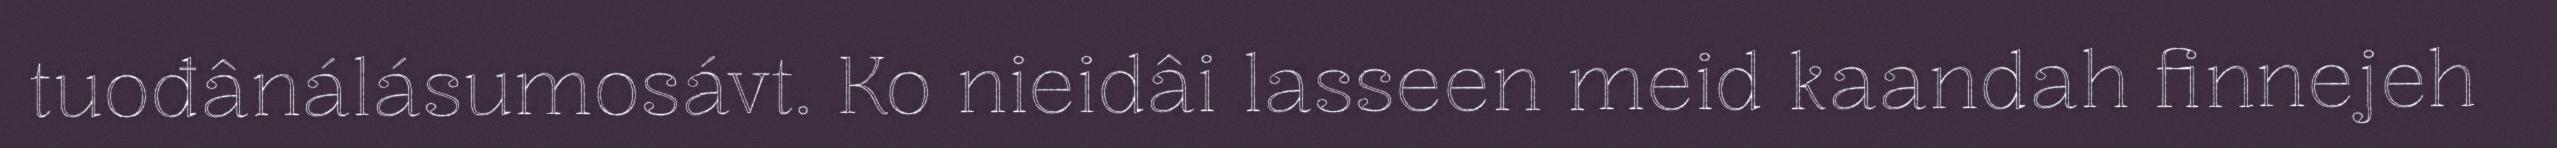
tuođânálásumosávt. Ko nieidâi lasseen meid kaandah finnejeh